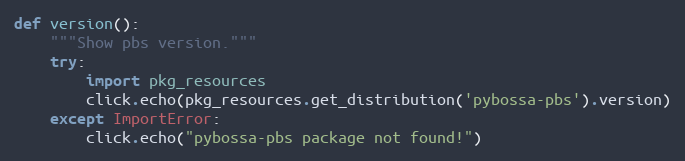
Language: Python
def version():
    """Show pbs version."""
    try:
        import pkg_resources
        click.echo(pkg_resources.get_distribution('pybossa-pbs').version)
    except ImportError:
        click.echo("pybossa-pbs package not found!")